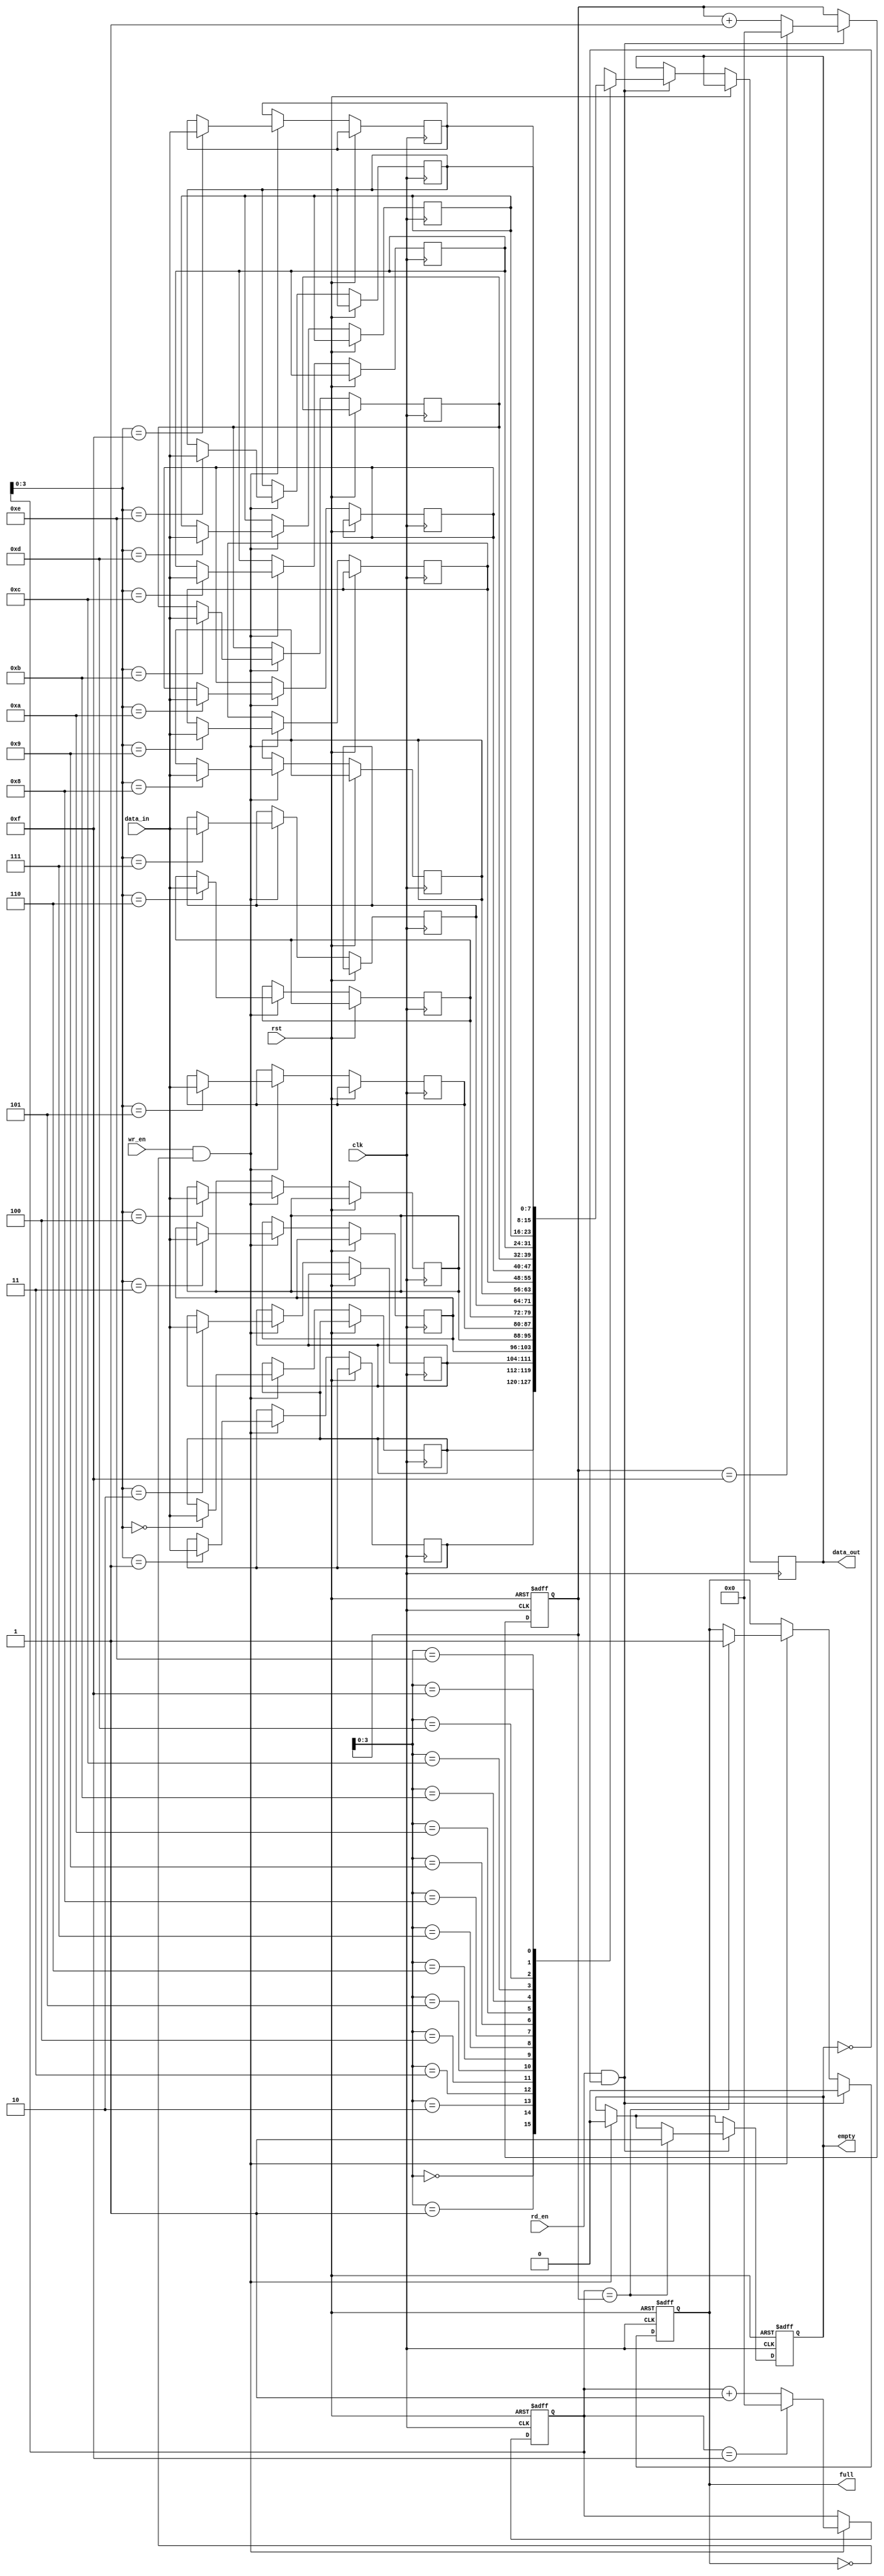
module FIFO #(parameter DATA_WIDTH = 8, parameter DEPTH = 16)(
    input wire clk,
    input wire rst,
    input wire wr_en,
    input wire rd_en,
    input wire [DATA_WIDTH-1:0] data_in,
    output reg [DATA_WIDTH-1:0] data_out,
    output reg full,
    output reg empty
);

reg [DATA_WIDTH-1:0] memory [DEPTH-1:0];
reg [DEPTH-1:0] head;
reg [DEPTH-1:0] tail;

always @(posedge clk or posedge rst) begin
    if (rst) begin
        head <= 0;
        tail <= 0;
        full <= 1'b0;
        empty <= 1'b1;
    end else begin
        if (wr_en && !full) begin
            memory[head] <= data_in;
            head <= (head == DEPTH-1) ? 0 : head + 1;
            if (head == tail)
                full <= 1'b1;
            empty <= 1'b0;
        end
        if (rd_en && !empty) begin
            data_out <= memory[tail];
            tail <= (tail == DEPTH-1) ? 0 : tail + 1;
            if (head == tail)
                empty <= 1'b1;
            full <= 1'b0;
        end
    end
end

endmodule